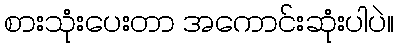
စားသုံးပေးတာ အကောင်းဆုံးပါပဲ။